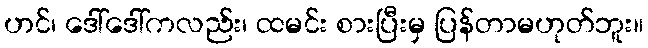
ဟင်၊ ဒေါ်ဒေါ်ကလည်း၊ ထမင်း စားပြီးမှ ပြန်တာမဟုတ်ဘူး။